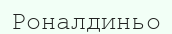
Роналдиньо